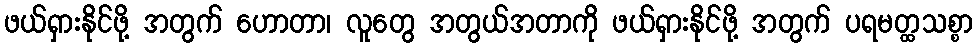
ဖယ်ရှားနိုင်ဖို့ အတွက် ဟောတာ၊ လူတွေ အတွယ်အတာကို ဖယ်ရှားနိုင်ဖို့ အတွက် ပရမတ္ထသစ္စာ